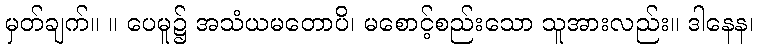
မှတ်ချက်။ ။ ပေမူ၌ အသံယမတောပိ၊ မစောင့်စည်းသော သူအားလည်း။ ဒါနေန၊